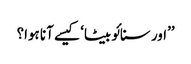
’’اور سنائو بیٹا‘ کیسے آنا ہوا؟